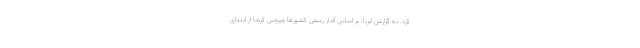
کرد. به گزارش ایرنا، بر اساس آمار رسمی کشورها ویروس کرونا از ابتدای